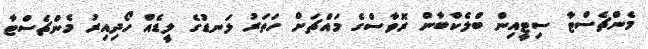
މެންޗެސްޓާ ސިޓީއިން ބްލެކްބާން ރޮވާސްގެ މައްޗަށް ހަތަރު ލަނޑުގެ ލީޑެއް ހޯދިއިރު މެންޗެސްޓާ